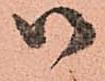
御